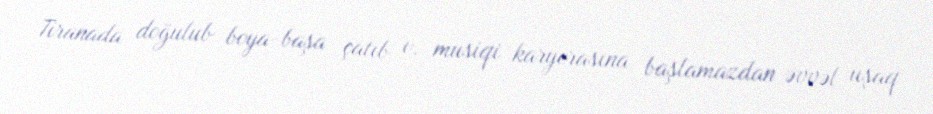
Tiranada doğulub boya-başa çatıb o, musiqi karyerasına başlamazdan əvvəl uşaq